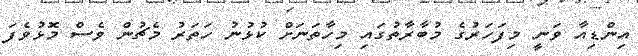
އިންޑިއާ ވަނީ މިފަހަރުގެ މުބާރާތުގައި މިހާތަނަށް ކުޅުނު ހަތަރު މެޗުން ވެސް މޮޅުވެފަ